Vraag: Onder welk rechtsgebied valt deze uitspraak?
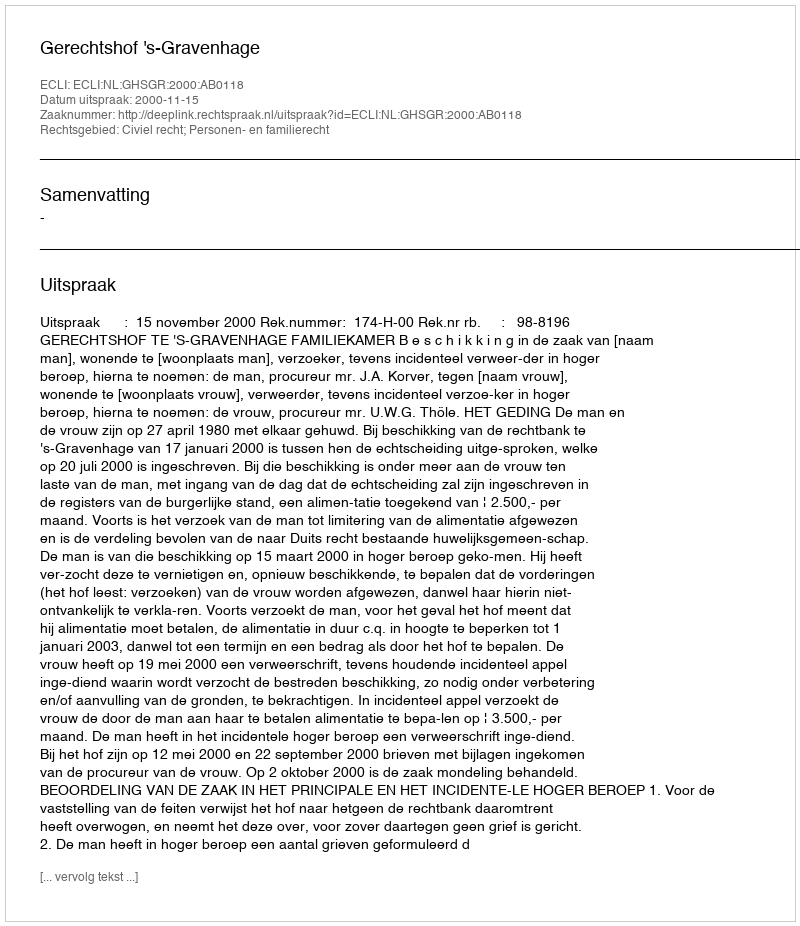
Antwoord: Civiel recht; Personen- en familierecht